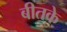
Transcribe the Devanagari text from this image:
बीतके